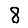
Digit: 8